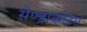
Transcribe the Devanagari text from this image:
सेण्ड्राकोटस